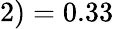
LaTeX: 2)=0.33